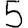
Digit: 5